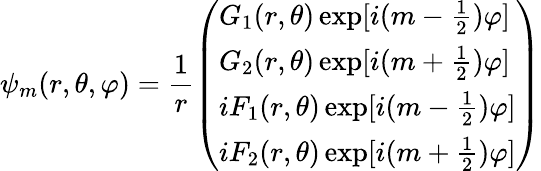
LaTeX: \psi_{m}(r,\theta,\varphi)=\frac{1}{r}\left(\begin{array}{l}{G_{1}(r,\theta)\exp[i(m-\frac{1}{2})\varphi]}\\ {G_{2}(r,\theta)\exp[i(m+\frac{1}{2})\varphi]}\\ {iF_{1}(r,\theta)\exp[i(m-\frac{1}{2})\varphi]}\\ {iF_{2}(r,\theta)\exp[i(m+\frac{1}{2})\varphi]}\end{array}\right)